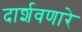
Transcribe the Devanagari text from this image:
दार्शवणारे